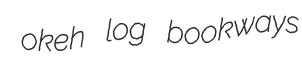
okeh log bookways